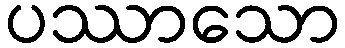
ပဿာသော